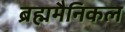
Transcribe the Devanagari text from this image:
ब्रह्ममैनिकल